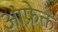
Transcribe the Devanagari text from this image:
आफ्रेक्त